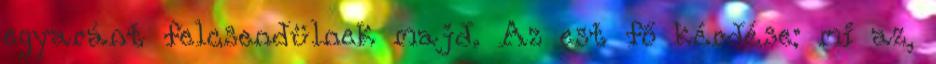
egyaránt felcsendülnek majd. Az est fő kérdése: mi az,